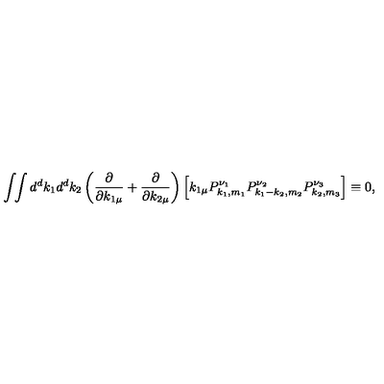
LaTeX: \int \! \! \int d ^ { d } k _ { 1 } d ^ { d } k _ { 2 } \left( \frac { \partial } { \partial k _ { 1 \mu } } + \frac { \partial } { \partial k _ { 2 \mu } } \right) \left[ k _ { 1 \mu } P _ { k _ { 1 } , m _ { 1 } } ^ { \nu _ { 1 } } P _ { k _ { 1 } - k _ { 2 } , m _ { 2 } } ^ { \nu _ { 2 } } P _ { k _ { 2 } , m _ { 3 } } ^ { \nu _ { 3 } } \right] \equiv 0 ,